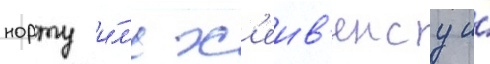
норту и́л'и х'еив'енсу и́